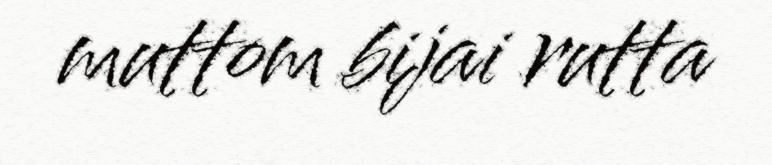
muttom bijai rutta